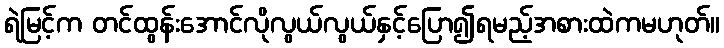
ရဲမြင့်က တင်ထွန်းအောင်လိုလွယ်လွယ်နှင့်ပြော၍ရမည့်အစားထဲကမဟုတ်။